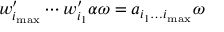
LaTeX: w _ { i _ { \mathrm { m a x } } } ^ { \prime } \cdots w _ { i _ { 1 } } ^ { \prime } \alpha \omega = a _ { i _ { 1 } \dots i _ { \mathrm { m a x } } } \omega